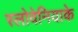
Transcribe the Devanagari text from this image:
स्लोवेनियाके